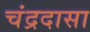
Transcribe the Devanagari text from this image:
चंद्रदासा